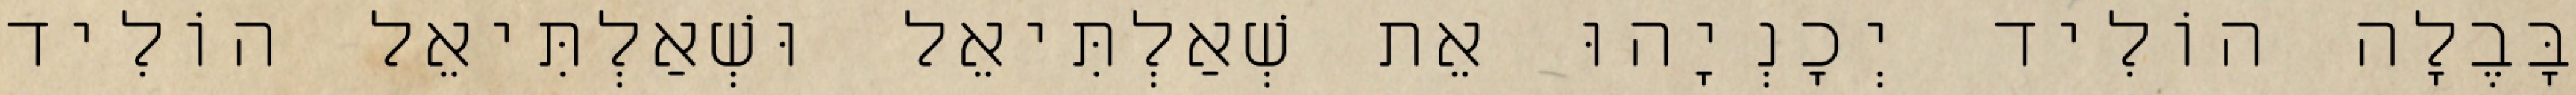
בָּבֶלָה הוֹלִיד יְכָנְיָהוּ אֵת שְׁאַלְתִּיאֵל וּשְׁאַלְתִּיאֵל הוֹלִיד